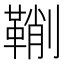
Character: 鞩